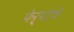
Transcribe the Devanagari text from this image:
फेऱ्यांचे